Note on the mental hospitals in Burma - 1925-1940
Year: 1925
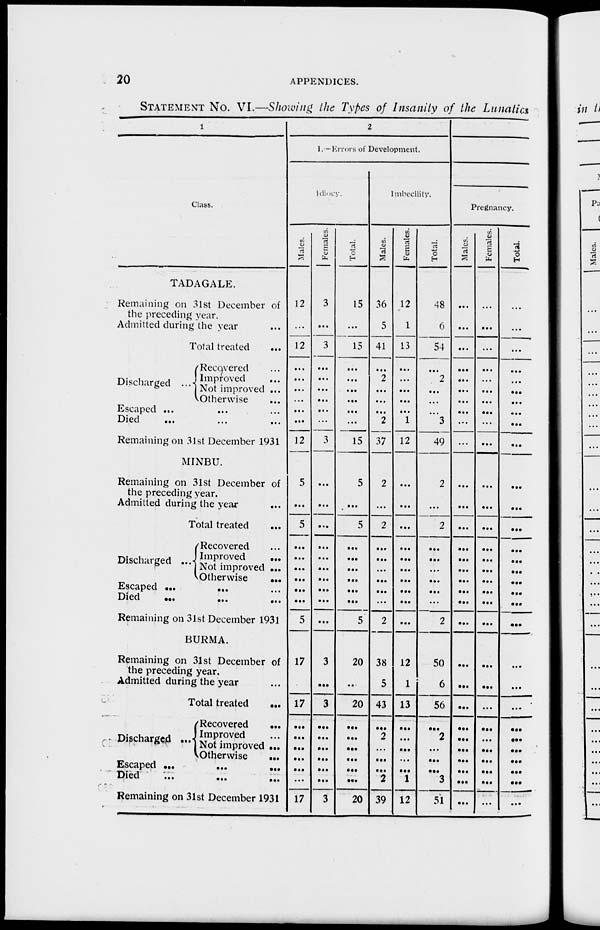
20
APPENDICES.
STATEMENT NO. VI.—Showing the Types of Insanity of the Lunatics
1
Class.
TADAGALE.
Remaining on 31st December of
the preceding year.
Admitted during the year ...
Total treated ...
Discharged ...
Recovered ...
Improved ...
Not improved ...
Otherwise
...
Escaped ... ... ...
Died
... ... ...
Remaining on 31st December 1931
MINBU.
Remaining on 31st December of
the preceding year.
Admitted during the year ...
Total treated ...
Discharged ...
Recovered ...
Improved
...
Not improved ...
Otherwise
...
Escaped
...
...
...
Died
...
...
...
Remaining on 31st December 1931
BURMA.
Remaining on 31st December of
the preceding year.
Admitted during the year
Total treated
...
Discharged ...
Recovered
...
Improved ...
Not improved ...
Otherwise
...
Escaped ...
...
...
Died
...
...
...
Remaining on 31st December 1931
2
I. —Errors of Development.
Idiocy.
Males.
12
...
12
...
...
...
...
...
...
12
5
...
5
...
...
...
...
...
...
5
17
...
17
...
...
...
...
...
...
17
Females.
3
...
3
...
...
...
...
...
...
3
...
...
...
...
...
...
...
...
...
...
3
...
3
...
...
...
...
...
...
3
Total.
15
...
15
...
...
...
...
...
...
15
5
...
5
...
...
...
...
...
...
5
20
...
20
...
...
...
...
...
...
20
Imbecility.
Males.
36
5
41
...
2
...
...
...
2
37
2
...
2
...
...
...
...
...
...
2
38
5
43
...
2
...
...
...
2
39
Females.
12
1
13
...
...
...
...
...
1
12
...
...
...
...
...
...
...
...
...
...
12
1
13
...
...
...
...
...
1
12
Total.
48
6
54
...
2
...
...
...
3
49
2
...
2
...
...
...
...
...
...
2
50
6
56
...
2
...
...
...
3
51
Pregnancy.
Males.
...
...
...
...
...
...
...
...
...
...
...
...
...
...
...
...
...
...
...
...
...
...
...
...
...
...
...
...
...
Females.
...
...
...
...
...
...
...
...
...
...
...
...
...
...
...
...
...
...
...
...
...
...
...
...
...
...
...
...
...
...
Total.
...
...
...
...
...
...
...
...
...
...
...
...
...
...
...
...
...
...
...
...
...
...
...
...
...
...
...
...
...
...